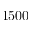
1 5 0 0